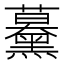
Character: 𧅌